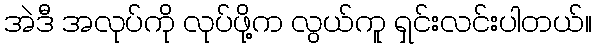
အဲဒီ အလုပ်ကို လုပ်ဖို့က လွယ်ကူ ရှင်းလင်းပါတယ်။